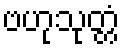
ဗဟုသုတ္တံ